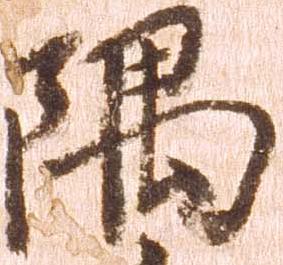
隅